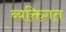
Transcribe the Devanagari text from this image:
ब्यक्तिगत